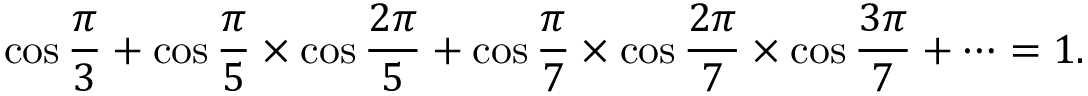
\cos { \frac { \pi } { 3 } } + \cos { \frac { \pi } { 5 } } \times \cos { \frac { 2 \pi } { 5 } } + \cos { \frac { \pi } { 7 } } \times \cos { \frac { 2 \pi } { 7 } } \times \cos { \frac { 3 \pi } { 7 } } + \dots = 1 .